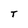
Character: T